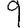
Digit: 9